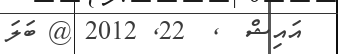
އައިޝް